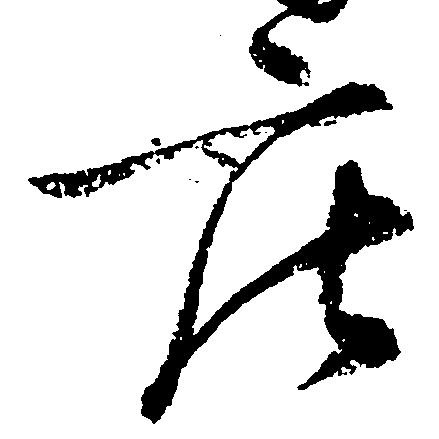
庄